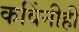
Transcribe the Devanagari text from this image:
कविंनीही